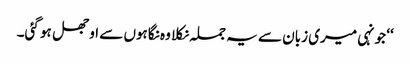
‘‘ جونہی میری زبان سے یہ جملہ نکلا وہ نگاہوں سے اوجھل ہو گئی۔